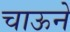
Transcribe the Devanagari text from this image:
चाऊने